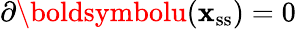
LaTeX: \partial\boldsymbolu(\boldsymbol{\mathbf{x}}_{\mathrm{{ss}}})=0